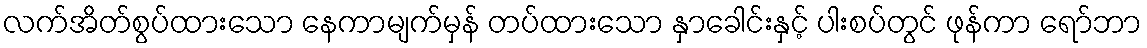
လက်အိတ်စွပ်ထားသော နေကာမျက်မှန် တပ်ထားသော နှာခေါင်းနှင့် ပါးစပ်တွင် ဖုန်ကာ ရော်ဘာ